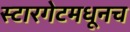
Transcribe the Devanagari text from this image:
स्टारगेटमधूनच